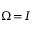
\Omega \! = \! I